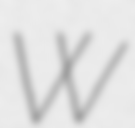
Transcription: W